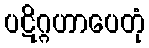
ပဋိဂ္ဂဟာပေတုံ